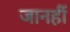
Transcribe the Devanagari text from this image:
जानहीं